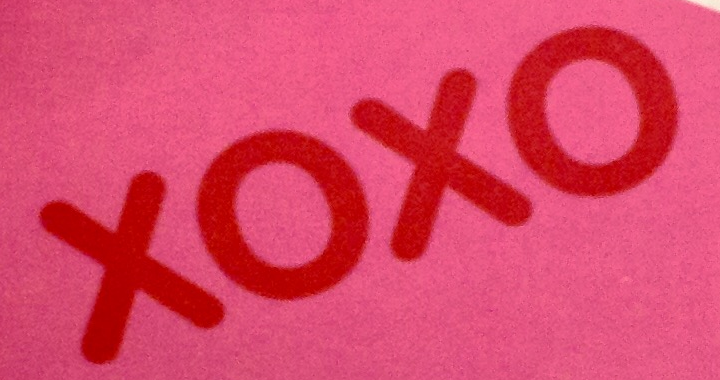
XOXO